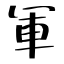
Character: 軍